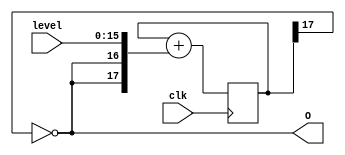
module pdm(clk, level, O);

   parameter N = 16;  /* The resolution in bits */


   input     wire         clk;
   input     wire [N-1:0] level;
   output    wire          O;

   /*
    * A completely ridiculous side project.  Pulse Density Modulation
    * for controlling led intensity.  The theory is pretty simple:
    * given a desired target level 0 <= T <= 1, control the output O
    * in {1,0}, such that O on on average is T.  Do this by
    * integrating the error T - O over time and switching O such that
    * the sum of (T - O) is finite.
    *
    * S = 0, O = 0
    * forever
    *   S = S + (T - O)
    *   if (S >= 0)
    *      O = 1
    *   else
    *      O = 0
    *
    * Check: T=0, O is never turned on; T=1, O is always on; T=0.5, O toggles
    *
    * In fixed point arithmetic this becomes even simpler (assume N-bit arith)
    * S = Sf * 2^N = Sf << N.  As |S| <= 1, N+2 bits is sufficient
    *
    * S = 0, O = 0
    * forever
    *   D = T + (~O + 1) << N === T + (O << N) + (O << (N+1))
    *   S = S + D
    *   O = 1 & ~(S >> (N+1))
    */

   reg [N+1:0] sigma = 0;
   assign O = ~sigma[N+1];
   always @(posedge clk) sigma <= sigma + {O,O,level};
endmodule